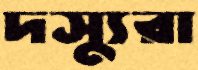
দস্যুরা